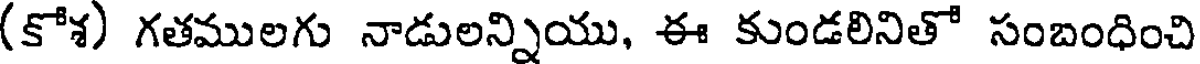
(కోశ) గతములగు నాడులన్నియు, ఈ కుండలినితో సంబంధించి